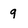
Character: 9